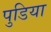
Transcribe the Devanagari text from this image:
पुडिया